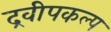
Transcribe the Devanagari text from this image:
द्रवीपकल्प